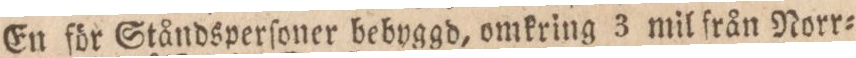
En för Ståndsperſoner bebyggd, omkring 3 mil från Norr=